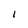
Character: I